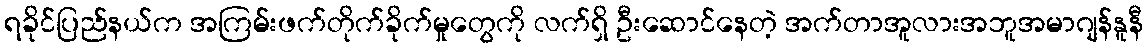
ရခိုင်ပြည်နယ်က အကြမ်းဖက်တိုက်ခိုက်မှုတွေကို လက်ရှိ ဦးဆောင်နေတဲ့ အက်တာအူလားအဘူအမာဂျန်နူနီ